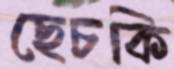
ছেচকি